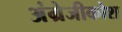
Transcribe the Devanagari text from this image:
अंग्रेजीकोश